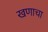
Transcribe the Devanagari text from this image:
खणाचा